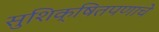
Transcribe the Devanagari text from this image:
सुशिक्षितपणाचे